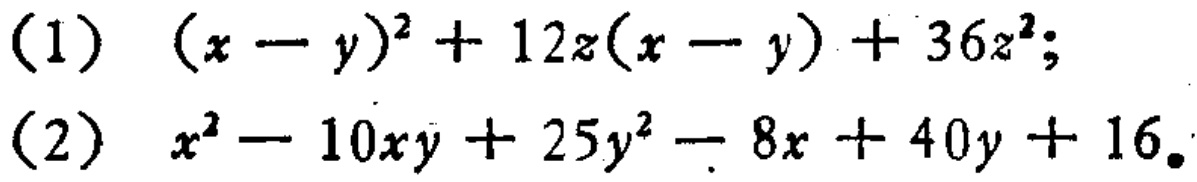
(1) \((x - y)^2 + 12z(x - y) + 36z^2\);

(2) \(x^2 - 10xy + 25y^2 - 8x + 40y + 16\)